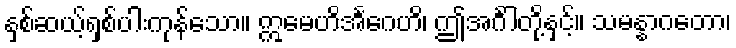
နှစ်ဆယ့်ရှစ်ပါးကုန်သော။ ဣမေဟိအင်္ဂေဟိ၊ ဤအင်္ဂါတို့နှင့်။ သမန္နာဂတော၊